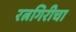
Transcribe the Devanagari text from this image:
रत्नगिरीचा